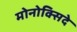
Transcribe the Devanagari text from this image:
मोनोक्सिदे